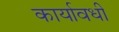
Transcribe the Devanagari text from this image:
कार्यावधी